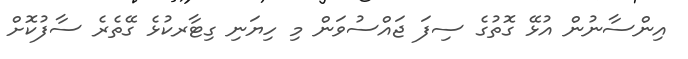
އިންސާނުން އުޅޭ ގޮތުގެ ސިފަ ޖައްސުވަން މި ހިޔަނި ގިޓާރކުޅެ ގޭތެރެ ސާފުކޮށް